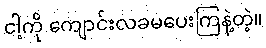
ငါ့ကို ကျောင်းလခမပေးကြနဲ့တဲ့။